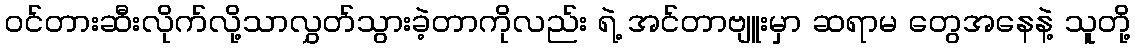
ဝင်တားဆီးလိုက်လို့သာလွှတ်သွားခဲ့တာကိုလည်း ရဲ့ အင်တာဗျူးမှာ ဆရာမ တွေအနေနဲ့ သူတို့